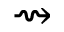
\rightsquigarrow